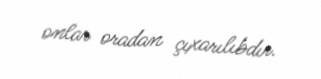
onlar oradan çıxarılıbdır.